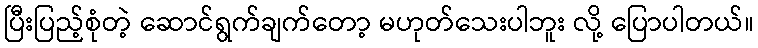
ပြီးပြည့်စုံတဲ့ ဆောင်ရွက်ချက်တော့ မဟုတ်သေးပါဘူး လို့ ပြောပါတယ်။